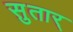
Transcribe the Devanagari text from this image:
सुतार्